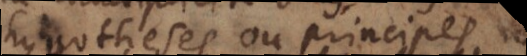
hypotheses ou principes,